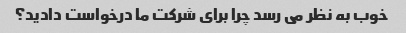
خوب به نظر می رسد چرا برای شرکت ما درخواست دادید؟